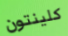
كلينتون